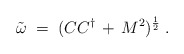
\begin{align*}{\tilde \omega} \;=\; ( C C^\dagger \,+\, M^2 )^{\frac{1}{2}} \;.\end{align*}